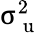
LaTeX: \upsigma_{\mathrm{~u~}}^{2}